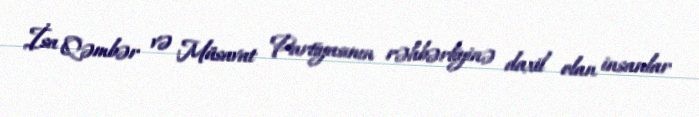
İsa Qəmbər və Müsavat Partiyasının rəhbərliyinə daxil olan insanlar